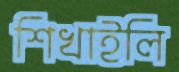
শিখাইলি